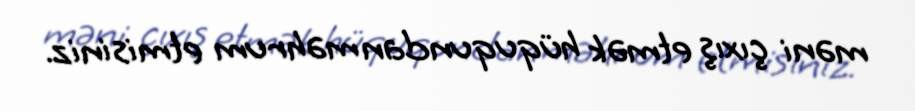
məni çıxış etmək hüququndan məhrum etmisiniz.